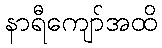
နာရီကျော်အထိ